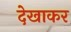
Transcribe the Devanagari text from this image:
देखाकर